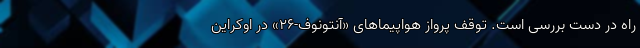
راه در دست بررسی است. توقف پرواز هواپیماهای «آنتونوف-۲۶» در اوکراین